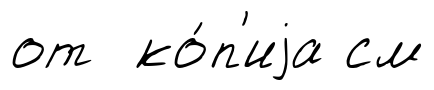
от ко́п'иjа см